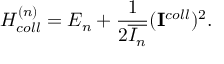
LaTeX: H _ { c o l l } ^ { ( n ) } = E _ { n } + \frac { 1 } { 2 \overline { { { { \cal I } _ { n } } } } } ( { \bf I } ^ { c o l l } ) ^ { 2 } .